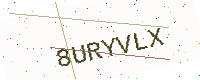
Text: 8URYVLX